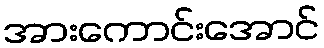
အားကောင်းအောင်